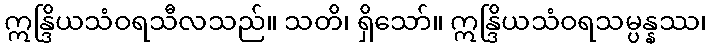
ဣန္ဒြိယသံဝရသီလသည်။ သတိ၊ ရှိသော်။ ဣန္ဒြိယသံဝရသမ္ပန္နဿ၊